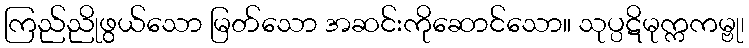
ကြည်ညိုဖွယ်သော မြတ်သော အဆင်းကိုဆောင်သော။ သုပ္ပဋိမုက္ကကမ္ဗု၊